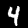
Label: 4